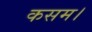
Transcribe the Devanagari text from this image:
कसम।